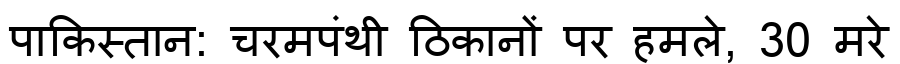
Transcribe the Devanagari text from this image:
पाकिस्तान: चरमपंथी ठिकानों पर हमले, 30 मरे